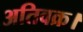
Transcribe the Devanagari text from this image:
अतिवक्र।